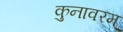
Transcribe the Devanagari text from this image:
कुनावरम्